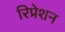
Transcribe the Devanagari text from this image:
रिप्रेशन